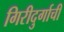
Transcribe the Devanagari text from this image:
गिरीदुर्गाची